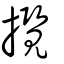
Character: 攬